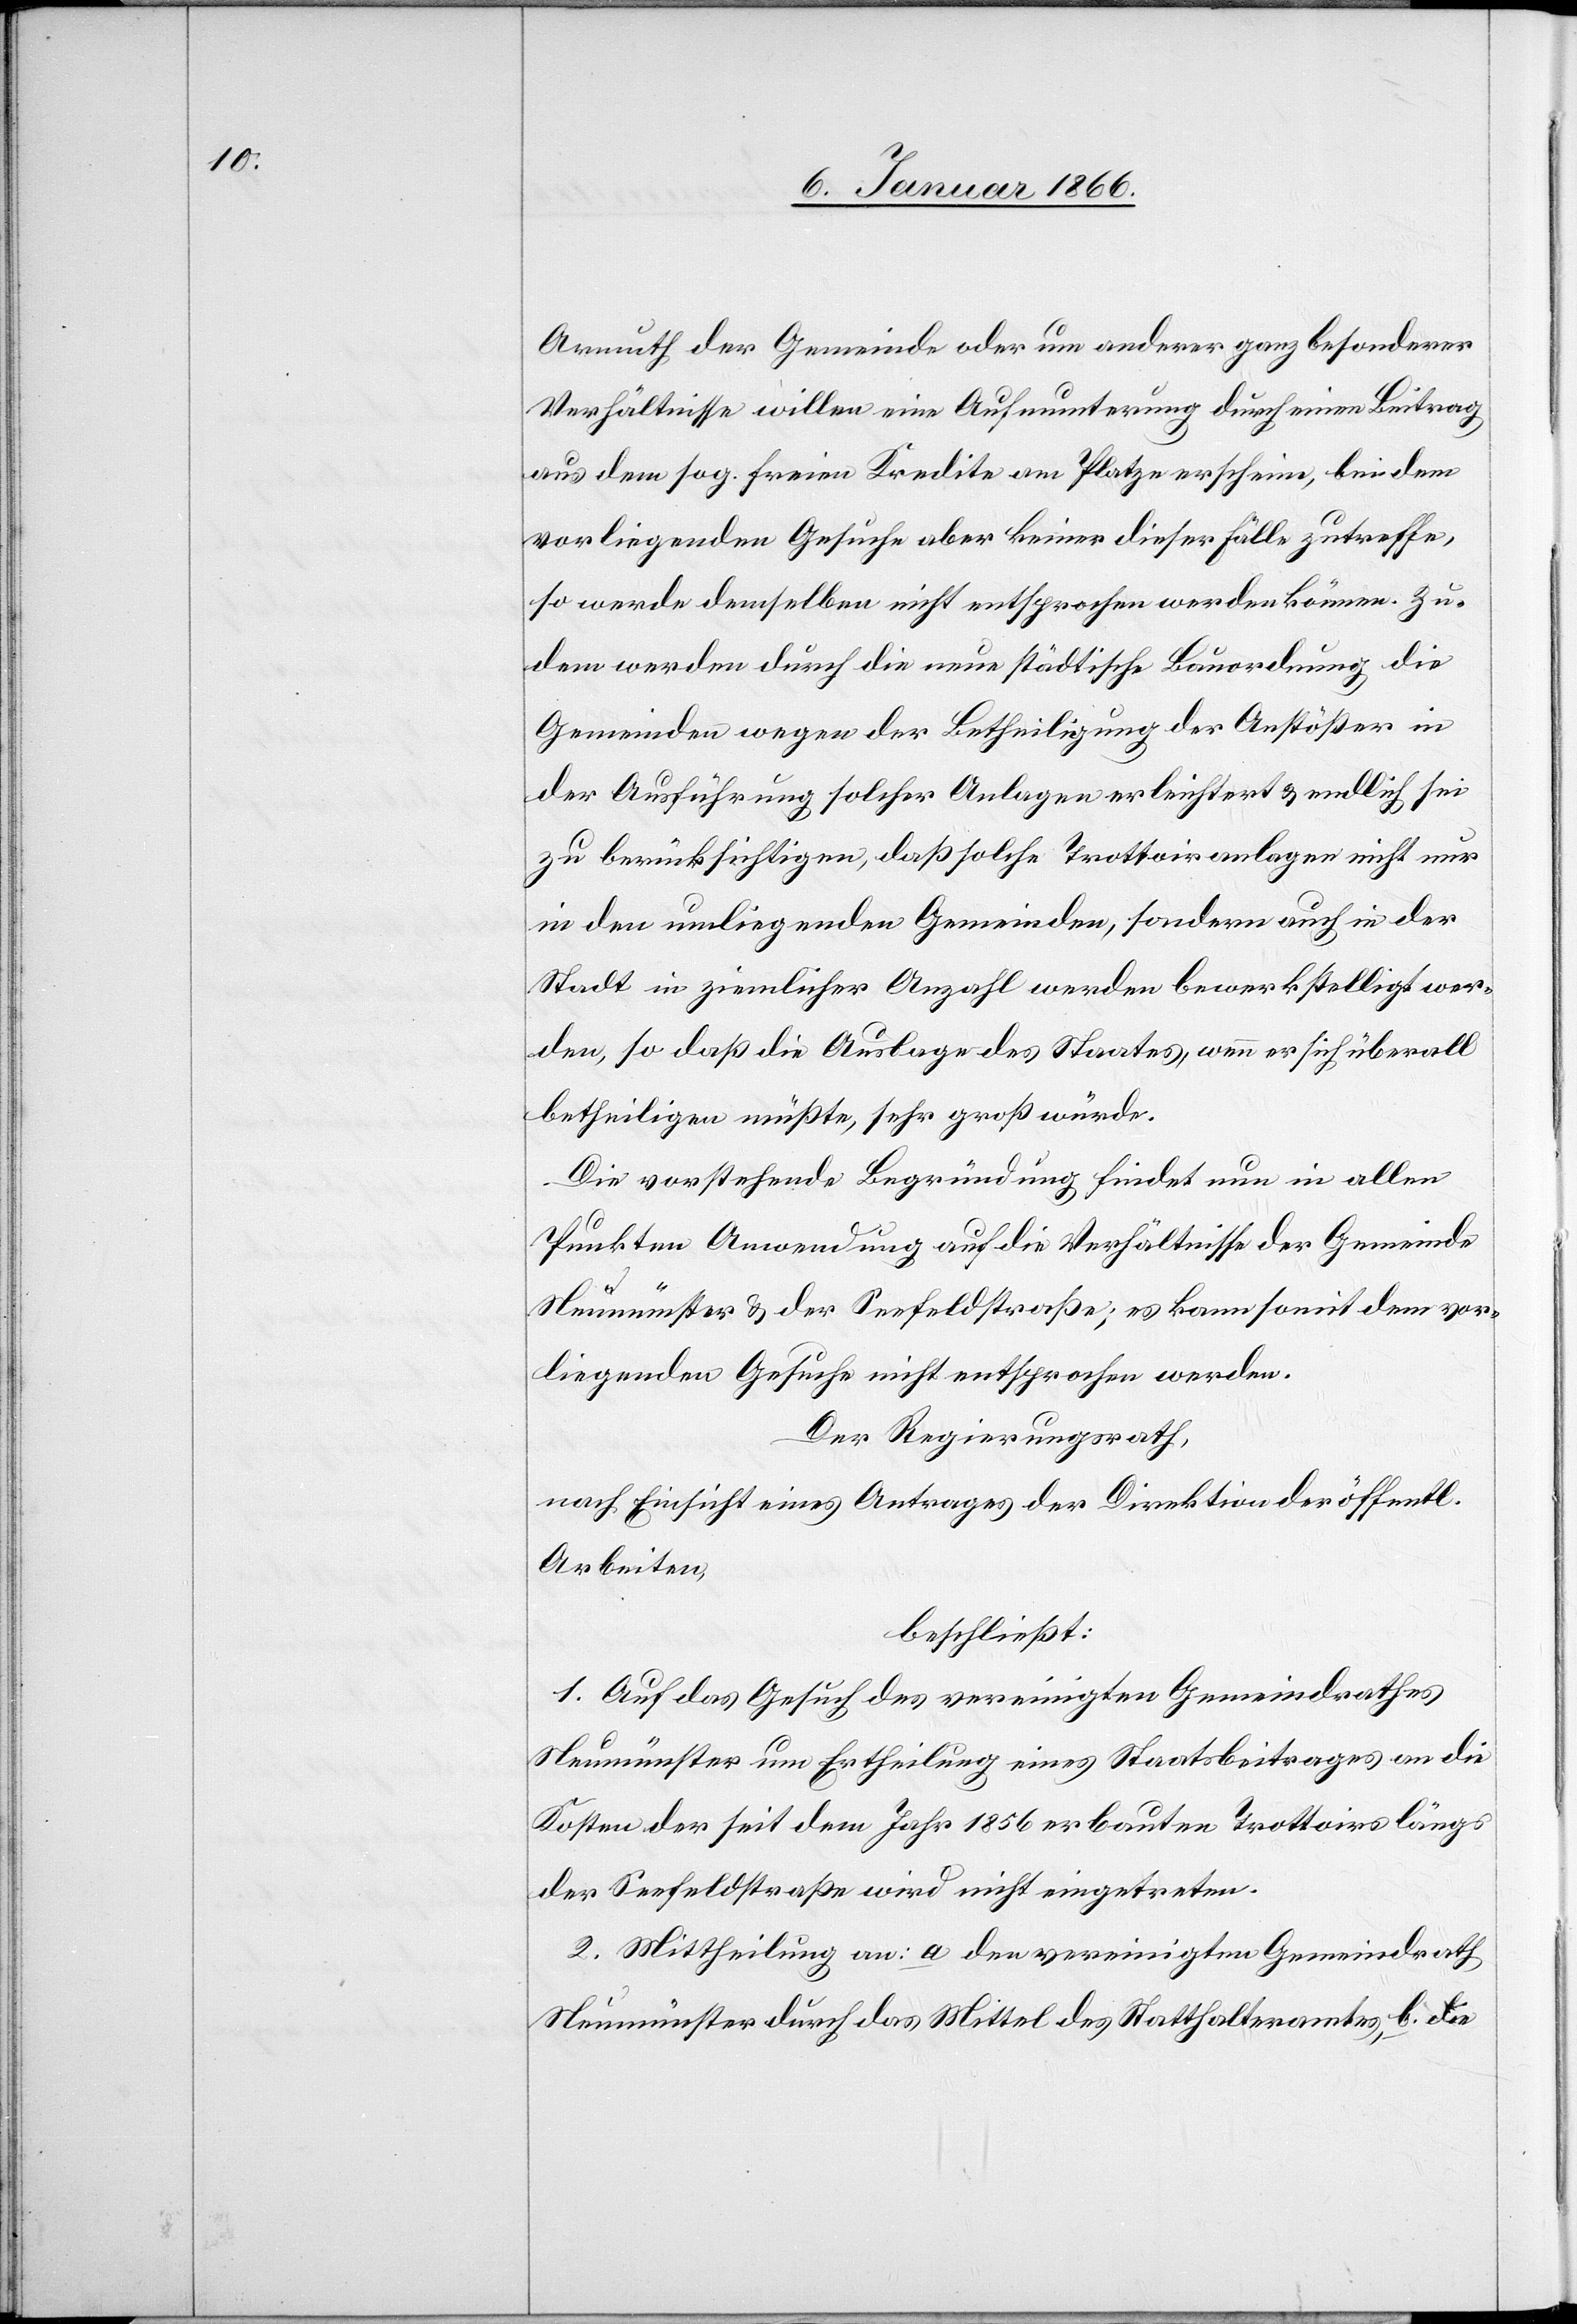
Armuth der Gemeinde oder anderer ganz besonderer
Verhältnisse willen eine Aufmunterung durch einen Beitrag
aus dem sog. freien Kredite am Platze erscheine, bei dem
vorliegenden Gesuche aber keiner dieser Fälle zutreffe,
so werde demselben nicht entsprochen werden können. Zu¬
dem werden durch die neue städtische Bauordnung die
Gemeinden wegen der Betheiligung der Anstößer in
der Ausführung solcher Anlagen erleichtert u. endlich sei
zu berücksichtigen, daß solche Trottoiranlangen nicht nur
in den umliegenden Gemeinden, sondern auch in der
Stadt in ziemlicher Anzahl werden bewerkstelligt wer¬
den, so daß die Auslage des Staates, wenn er sich überall
betheiligen müßte, sehr groß würde.
Die verstehende Begründung findet nun in allen
Punkten Anwendung auf die Verhältnisse der Gemeinde
Neumünster u. der Seefeldstraße; es kann somit dem vor¬
liegenden Gesuche nicht entsprochen werden.
Der Regierungsrath,
nach Einsicht eines Antrages der Direktion der öffentl.
Abreiten,
beschließt:
1. Auf das Gesuch des vereinigten Gemeindrathes
Neumünster um Ertheilung eines Staatsbeitrages an die
Kosten der seit dem Jahr 1856 erbauten Trottoirs längs
der Seefeldstraße wird nicht eingetreten.
2. Mittheilung an: a. den vereinigten Gemeindrath
Neumünster durch das Mittel des Statthalteramtes, b. die